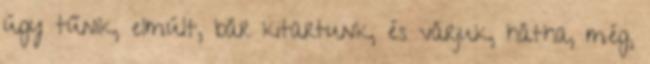
úgy tűnik, elmúlt, bár kitartunk, és várjuk, hátha, még,